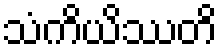
သံကိယိဿတိ